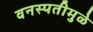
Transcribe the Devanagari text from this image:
वनस्पतीमुळे